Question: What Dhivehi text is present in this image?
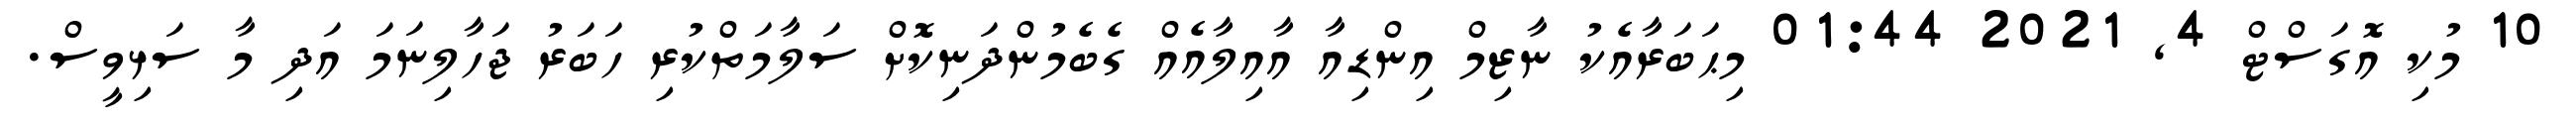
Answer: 10 މުކި އޮގަސްޓް 4, 2021 01:44 މިޙަބަރާއެކު ނާޒިމް އިންޑިއާ އާއިލާއެއް ގެބެމުންދަނިކޮށް ސަލާމަތްކުރި ހަބަރު ޖަހާލިނަމަ އަދި މާ ސަޅިވީސް.